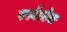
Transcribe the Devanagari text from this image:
एस्बेस्टेस